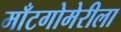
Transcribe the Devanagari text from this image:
माँटगोमेरीला